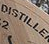
DISTILLEN